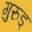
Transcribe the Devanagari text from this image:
गुरुड्